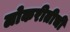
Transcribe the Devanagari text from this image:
लोकरीतीची